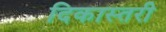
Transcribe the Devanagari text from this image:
दिकास्तरी